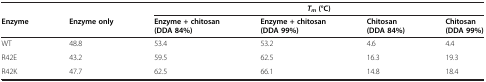
<table><thead><tr><td><b> </b></td><td><b> </b></td><td colspan="4"><b><i>T</i><sub><i>m</i></sub>(°C)</b></td></tr><tr><td><b>Enzyme</b></td><td><b>Enzyme only</b></td><td><b>Enzyme + chitosan (DDA 84%)</b></td><td><b>Enzyme + chitosan (DDA 99%)</b></td><td><b>Chitosan (DDA 84%)</b></td><td><b>Chitosan (DDA 99%)</b></td></tr></thead><tbody><tr><td>WT</td><td>48.8</td><td>53.4</td><td>53.2</td><td>4.6</td><td>4.4</td></tr><tr><td>R42E</td><td>43.2</td><td>59.5</td><td>62.5</td><td>16.3</td><td>19.3</td></tr><tr><td>R42K</td><td>47.7</td><td>62.5</td><td>66.1</td><td>14.8</td><td>18.4</td></tr></tbody></table>